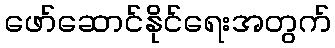
ဖော်ဆောင်နိုင်ရေးအတွက်